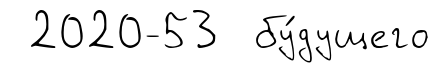
2020-53 бу́дущего